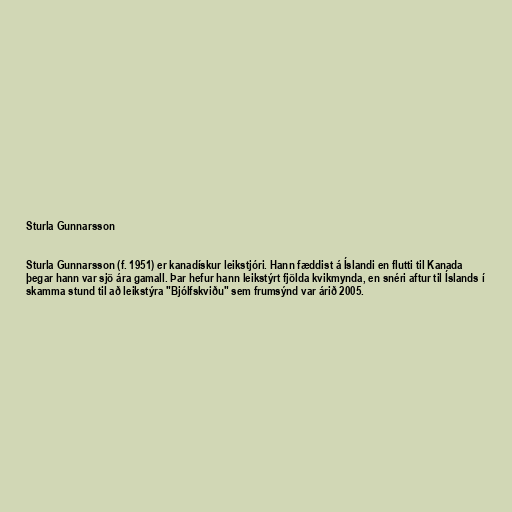
Sturla Gunnarsson

Sturla Gunnarsson (f. 1951) er kanadískur leikstjóri. Hann fæddist á Íslandi en flutti til Kanada
þegar hann var sjö ára gamall. Þar hefur hann leikstýrt fjölda kvikmynda, en snéri aftur til Íslands í
skamma stund til að leikstýra "Bjólfskviðu" sem frumsýnd var árið 2005.